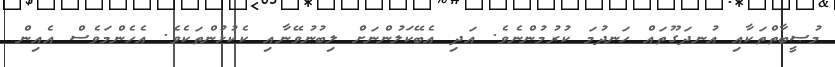
މުޞީބާތްތަކާއި އުނދަގޫތައް ހަނދުމަ ކުރުމުންނެވެ. އަދި އެބޭކަލުންނަށް ލިބުނުވޭނާއި ކެކުޅުންތަކެވެ. އެހެންމަވެސް އެއިން